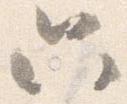
只